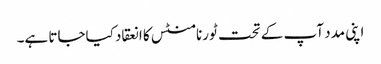
اپنی مدد آپ کے تحت ٹورنامنٹس کا انعقاد کیاجاتا ہے۔